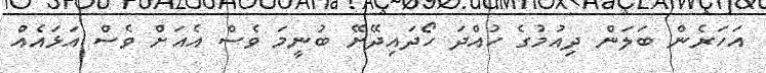
އަހަރެން ބަލަން ދިއުމުގެ ހުއްދަ ހޯދައިދޭށޭ ބުނީމަ ވެސް އެއަށް ވެސް އަޅައެއް